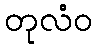
တုလံဝ